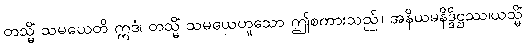
တသ္မိံ သမယေတိ ဣဒံ၊ တသ္မိံ သမယေဟူသော ဤစကားသည်။ အနိယမနိဒ္ဒိဋ္ဌဿ၊ယသ္မိံ